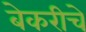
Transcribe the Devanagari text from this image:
बेकरीचे